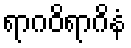
ရာဂဝိရာဂိနံ